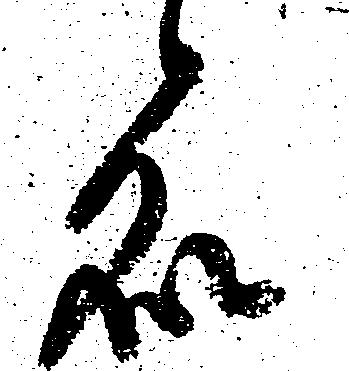
処